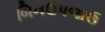
બિનઉપજાઉ